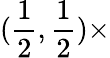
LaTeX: (\frac{1}{2},\frac{1}{2})\times